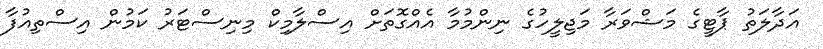
އަދާލަތު ޕާޓީގެ މަޝްވަރާ މަޖިލީހުގެ ނިންމުމާ އެއްގޮތަށް އިސްލާމިކް މިނިސްޓަރު ކަމުން އިސްތިއުފާ